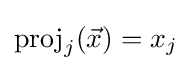
\mathrm {proj} _{j}({\vec {x}})=x_{j}